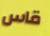
قاس